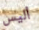
أليس